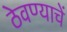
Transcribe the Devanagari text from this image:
ठेवण्याचें